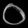
Digit: ၀